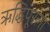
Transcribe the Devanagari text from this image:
ऋद्धिपूरला